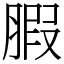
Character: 腵